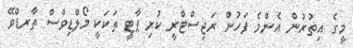
މީގެ އިތުރުން އެންމެ ފަހުން ރަޖިސްޓްރީ ކުރި ޕާޓީ ތަކަކީ މޯލްޑިވްސް ތާރޑްވޭ